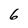
Character: 6